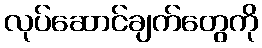
လုပ်ဆောင်ချက်တွေကို